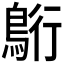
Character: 𮬷